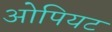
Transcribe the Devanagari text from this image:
ओपियट